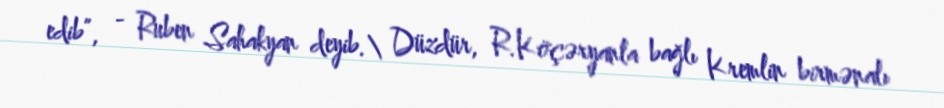
edib”, - Ruben Sahakyan deyib.\ Düzdür, R.Köçəryanla bağlı Kremlin birmənalı